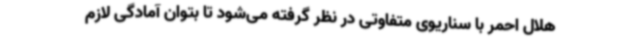
هلال احمر با سناریوی متفاوتی در نظر گرفته می‌شود تا بتوان آمادگی لازم